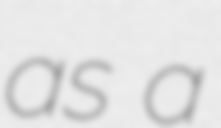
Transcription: as a